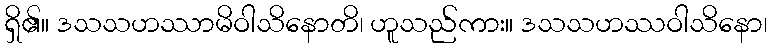
ရှိ၏။ ဒသသဟဿာမိဝါသိနောတိ၊ ဟူသည်ကား။ ဒသသဟဿဝါသိနော၊